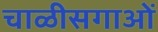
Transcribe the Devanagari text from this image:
चाळीसगाओं